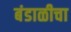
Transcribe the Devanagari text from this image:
बंडाळीचा